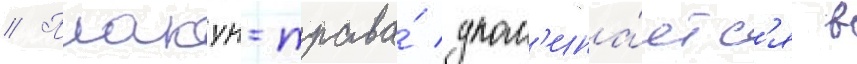
// Плакун-трава́ упом'ина́етс'я в